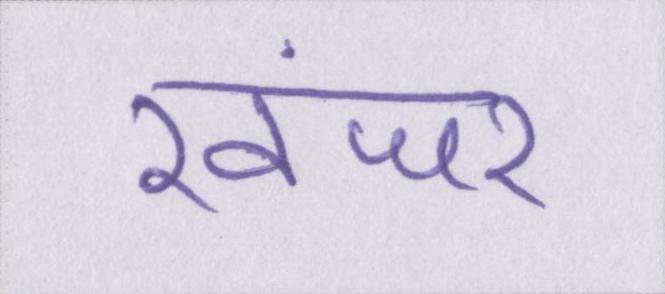
खंजर